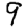
Digit: 9